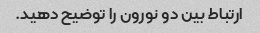
ارتباط بین دو نورون را توضیح دهید.